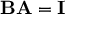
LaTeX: \mathbf { B A } = \mathbf { I }